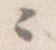
々